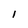
Character: 1